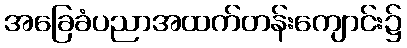
အခြေခံပညာအထက်တန်းကျောင်း၌